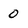
Character: 0